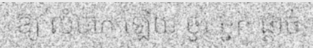
ឱ្យ លំបាក ឡើយ ចូរ អ្នក ផ្តាច់